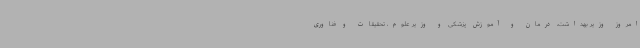
امروز وزیر بهداشت، درمان و آموزش پزشکی و وزیر علوم، تحقیقات و فناوری